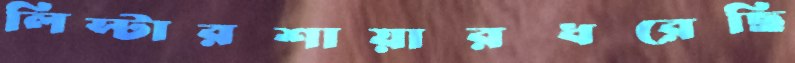
লিস্টারশায়ারধরেছি